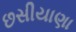
છસીયાણા